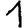
Digit: 1